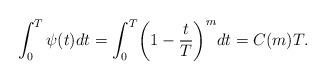
LaTeX: \begin{align*}\int_0^T\psi(t)dt=\int_0^T\biggl(1-\frac{t}{T}\biggr)^mdt=C(m)T.\end{align*}